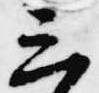
三